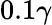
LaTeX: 0.1\gamma